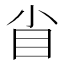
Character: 𥃻